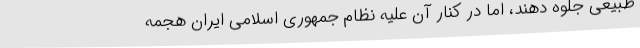
طبیعی جلوه دهند، اما در کنار آن‌ علیه نظام جمهوری اسلامی ایران هجمه